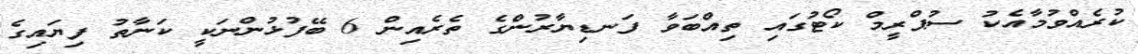
ކުރެއްވުމާއެކު ސުޕްރީމް ކޯޓުގައި ތިއްބަވާ ފަނޑިޔާރުންގެ ތެރެއިން 6 ބޭފުޅުންނަކީ ކަނާތު ފިޔައިގެ